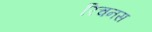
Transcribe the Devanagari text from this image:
रिचनस